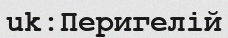
uk:Перигелій